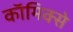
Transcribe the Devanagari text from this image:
काॅमिक्से